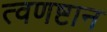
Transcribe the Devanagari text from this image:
त्वणष्टान